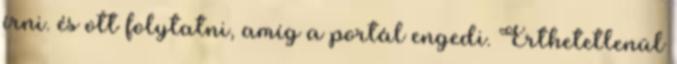
írni. és ott folytatni, amíg a portál engedi. Érthetetlenül